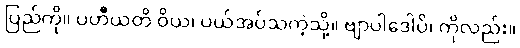
ပြည်ကို။ ပဟီယတိ ဝိယ၊ ပယ်အပ်သကဲ့သို့။ ဗျာပါဒေါပိ၊ ကိုလည်း။